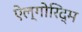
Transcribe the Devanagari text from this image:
ऐल्गोरिद्म